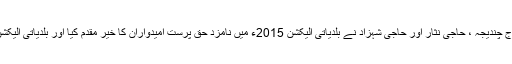
ملاقات میں جی سلطان چندیجہ ، حاجی میراج چندیجہ ، حاجی نثار اور حاجی شہزاد نے بلدیاتی الیکشن 2015ء میں نامزد حق پرست امیدواران کا خیر مقدم کیا اور بلدیاتی الیکشن میں بھر پور تعاون کی یقین دہانی کرائی ۔